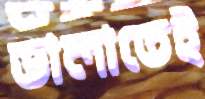
ডালাতেই